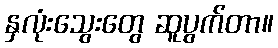
နှလုံးသွေးတွေ ဆူပွက်တာ။